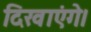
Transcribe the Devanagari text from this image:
दिखाएंगे।